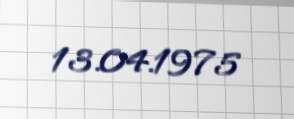
13.04.1975